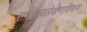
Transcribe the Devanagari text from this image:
साहित्यलेखनाशिवाय